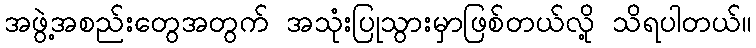
အဖွဲ့အစည်းတွေအတွက် အသုံးပြုသွားမှာဖြစ်တယ်လို့ သိရပါတယ်။